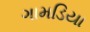
ગામડિયા